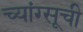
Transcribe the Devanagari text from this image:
च्यांग्सूची